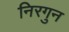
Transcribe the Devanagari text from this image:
निरगुन